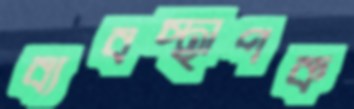
ব্যবস্থাপক